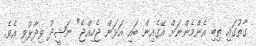
ގާތުގައި ތިބި އެންމެންނަށް އޭގެއިން ބައި އަޅަން ޖެހިއްޖެ" ނަޝީދު ވިދާޅުވި އެވެ.